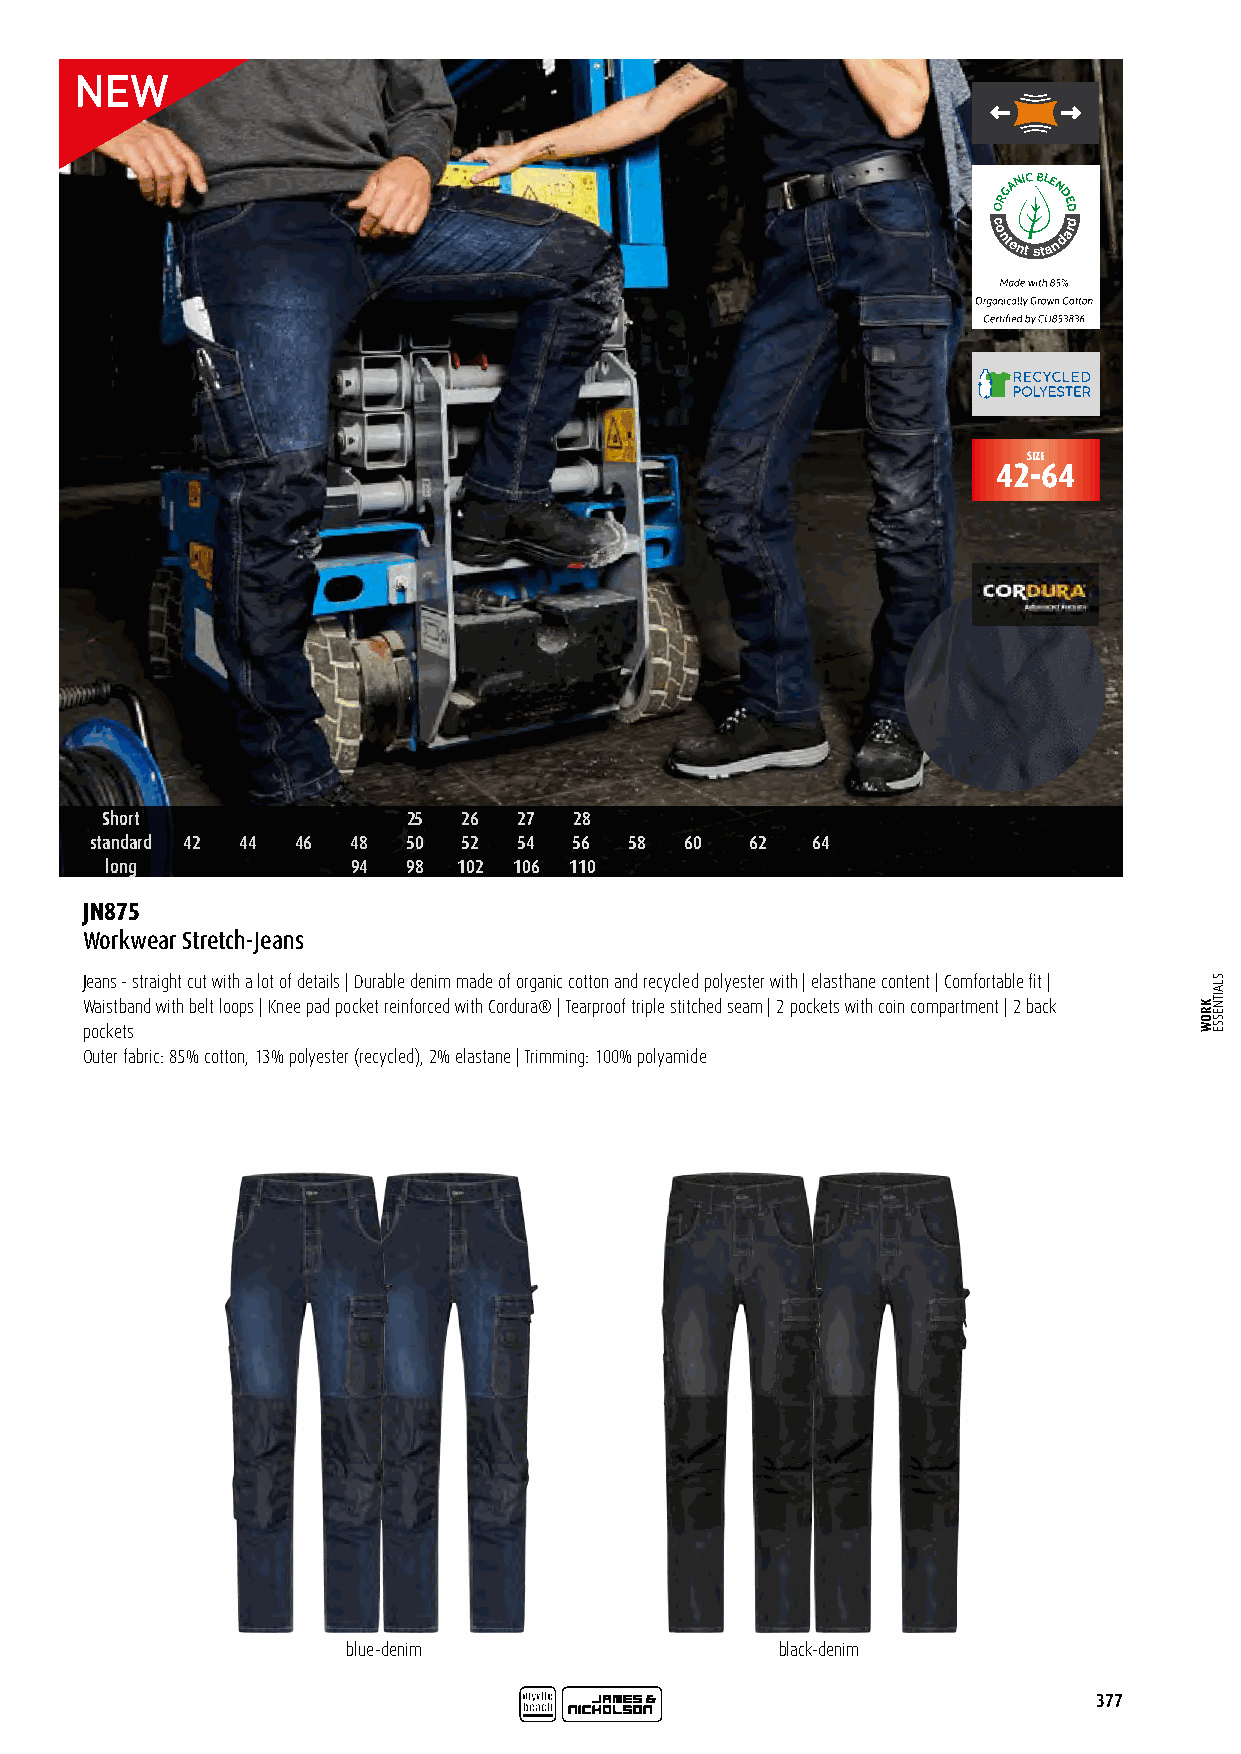
GANIC BLE
 N
 OR  DED
 c
 o
 ntent
 sta
 ndard
 SIZE
 42-64
 Short               25  26 27  28
 standard 42 44 46 48 50  52 54  56  58 60   62  64
 long            94  98 102 106 110
 JN875
 Workwear Stretch-Jeans
 Jeans - straight cut with a lot of details | Durable denim made of organic cotton and recycled polyester with | elasthane content | Comfortable fit |
 Waistband with belt loops | Knee pad pocket reinforced with Cordura® | Tearproof triple stitched seam | 2 pockets with coin compartment | 2 back
 pockets
 Outer fabric: 85% cotton, 13% polyester (recycled), 2% elastane | Trimming: 100% polyamide
 blue-denim                   black-denim
 377
 KROW
 SLAITNESSE